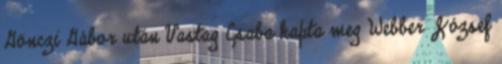
Gönczi Gábor után Vastag Csaba kapta meg Webber József